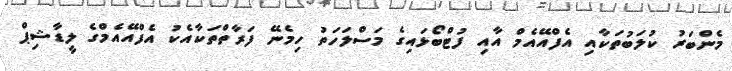
މެންބަރު ކުލަބުތަކާއި އެފްއޭއެމް އާއި ފުޓްބޯޅައިގެ މަސްލަހަތު ހިމެނޭ ފަރާތްތަކާއެކު އެފްއޭއެމްގެ ލީޑާޝިޕް